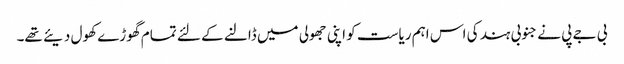
بی جے پی نے جنوبی ہند کی اس اہم ریاست کو اپنی جھولی میں ڈالنے کے لئے تمام گھوڑے کھول دیئے تھے۔